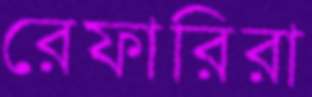
রেফারিরা